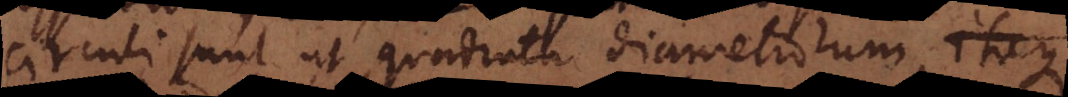
circuli sunt ut quadrata diametrorum,